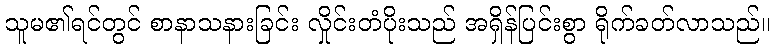
သူမ၏ရင်တွင် စာနာသနားခြင်း လှိုင်းတံပိုးသည် အရှိန်ပြင်းစွာ ရိုက်ခတ်လာသည်။